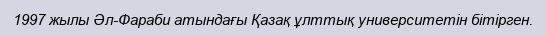
1997 жылы Әл-Фараби атындағы Қазақ ұлттық университетін бітірген.